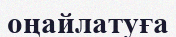
оңайлатуға